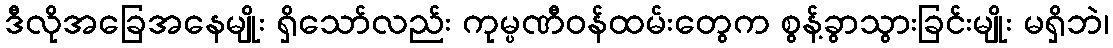
ဒီလိုအခြေအနေမျိုး ရှိသော်လည်း ကုမ္ပဏီဝန်ထမ်းတွေက စွန့်ခွာသွားခြင်းမျိုး မရှိဘဲ၊